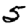
Digit: 5